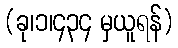
(ခု၊၁၊၄၃၄ မှယူရန်)